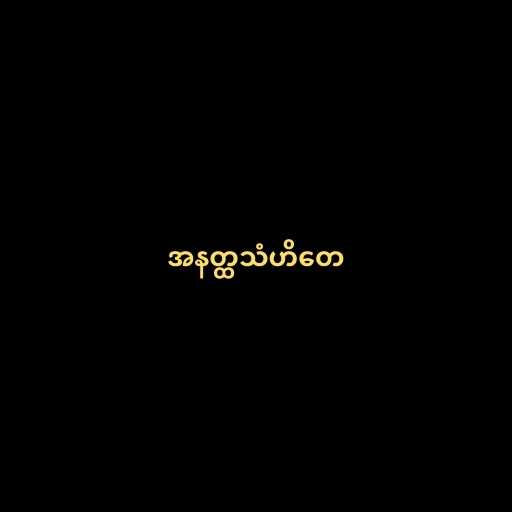
အနတ္ထသံဟိတေ